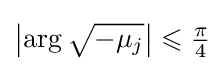
\left|\arg {\sqrt {-\mu _{j}}}\right|\leqslant {\tfrac {\pi }{4}}